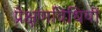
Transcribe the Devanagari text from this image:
प्रेक्षणविधियों